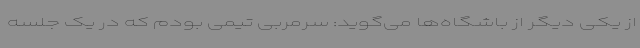
از یکی دیگر از باشگاه‌ها می‌گوید: سرمربی تیمی بودم که در یک جلسه